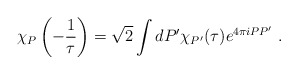
\begin{align*}\chi_{P} \left(- \frac{1}{\tau} \right) = \sqrt{2} \int d P' \chi_{P'} (\tau) e^{4 \pi i P P'} ~.\end{align*}